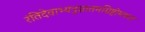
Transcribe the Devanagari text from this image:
रंतिदेवाभ्यनुज्ञातमग्निष्टोमफलं